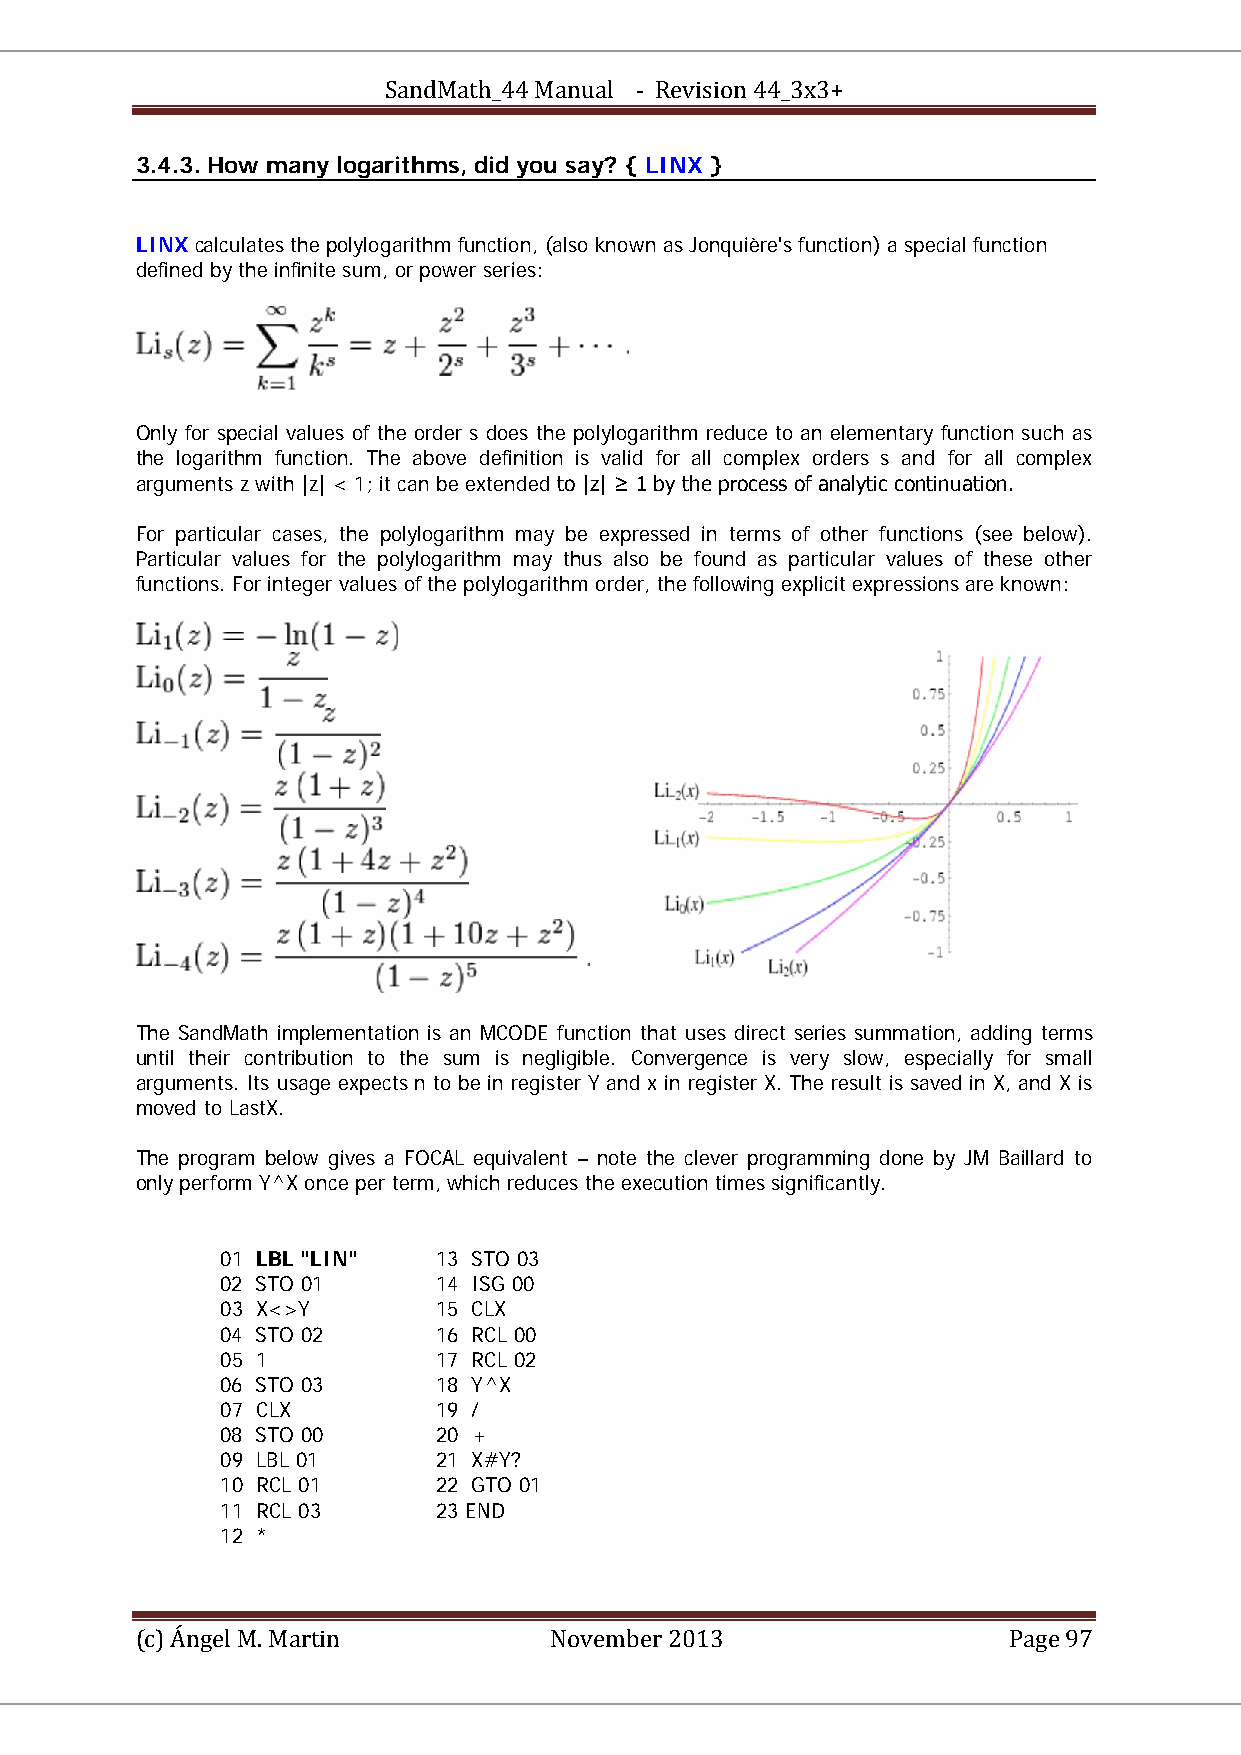
SandMath_44 Manual - Revision 44_3x3+
 3.4.3. How many logarithms, did you say? { LINX }
 LINX calculates the polylogarithm function, (also known as Jonquière's function) a special function
 defined by the infinite sum, or power series:
 Only for special values of the order s does the polylogarithm reduce to an elementary function such as
 the logarithm function. The above definition is valid for all complex orders s and for all complex
 arguments z with |z| < 1; it can be extended to |z| ≥ 1 by the process of analytic continuation.
 For particular cases, the polylogarithm may be expressed in terms of other functions (see below).
 Particular values for the polylogarithm may thus also be found as particular values of these other
 functions. For integer values of the polylogarithm order, the following explicit expressions are known:
 The SandMath implementation is an MCODE function that uses direct series summation, adding terms
 until their contribution to the sum is negligible. Convergence is very slow, especially for small
 arguments. Its usage expects n to be in register Y and x in register X. The result is saved in X, and X is
 moved to LastX.
 The program below gives a FOCAL equivalent – note the clever programming done by JM Baillard to
 only perform Y^X once per term, which reduces the execution times significantly.
 01 LBL "LIN"  13 STO 03
 02 STO 01     14 ISG 00
 03 X<>Y       15 CLX
 04 STO 02     16 RCL 00
 05 1          17 RCL 02
 06 STO 03     18 Y^X
 07 CLX        19 /
 08 STO 00     20 +
 09 LBL 01     21 X#Y?
 10 RCL 01     22 GTO 01
 11 RCL 03     23 END
 12 *
 (c) Ángel M. Martin        November 2013                  Page 97